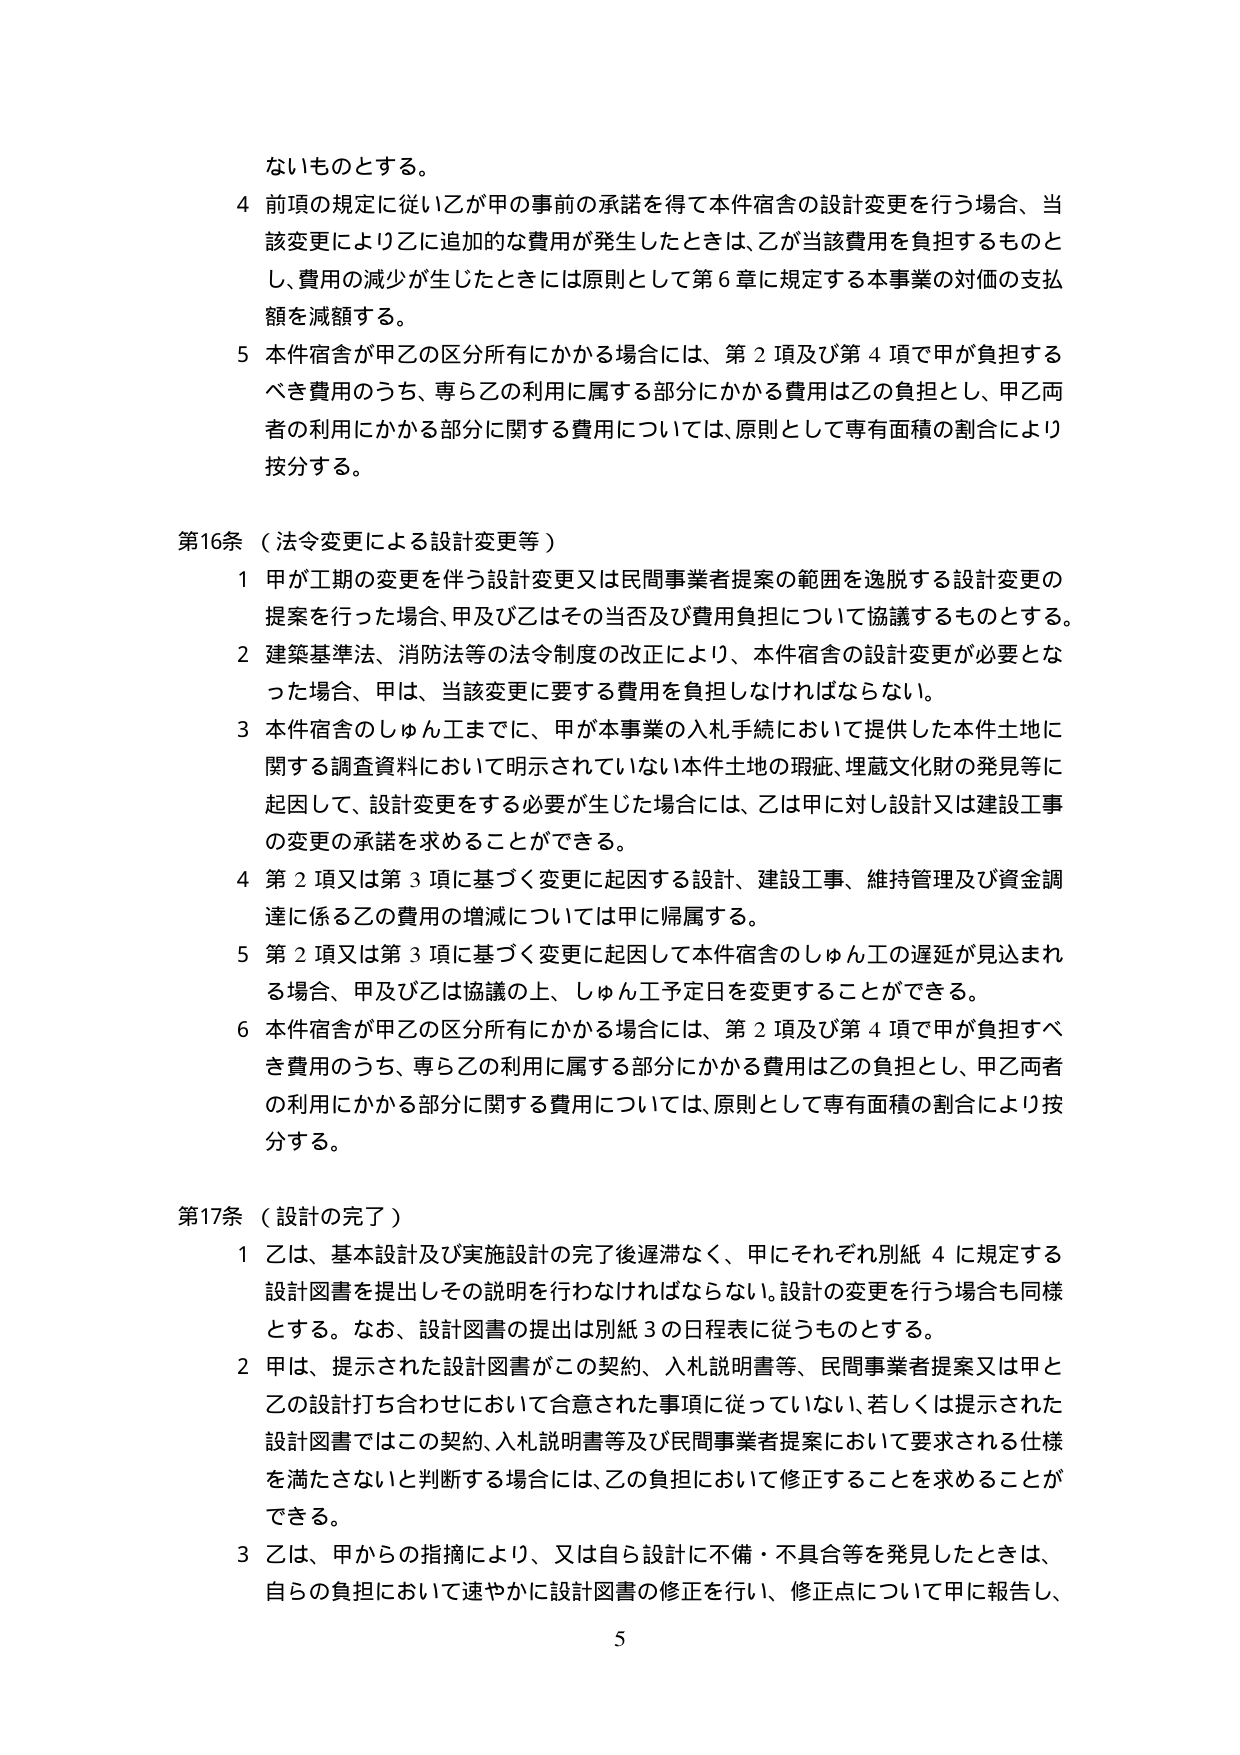
ないものとする。

4 前項の規定に従い乙が甲の事前の承諾を得て本件宿舎の設計変更を行う場合、当該変更により乙に追加的な費用が発生したときは、乙が当該費用を負担するものとし、費用の減少が生じたときには原則として第6章に規定する本事業の対価の支払額を減額する。

5 本件宿舎が甲乙の区分所有にかかる場合には、第2項及び第4項で甲が負担すべき費用のうち、専ら乙の利用に属する部分にかかる費用は乙の負担とし、甲乙両者の利用にかかる部分に関する費用については、原則として専有面積の割合により按分する。

第16条（法令変更による設計変更等）

1 甲が工期の変更を伴う設計変更又は民間事業者提案の範囲を逸脱する設計変更の提案を行った場合、甲及び乙はその当否及び費用負担について協議するものとする。

2 建築基準法、消防法等の法令制度の改正により、本件宿舎の設計変更が必要となった場合、甲は、当該変更に要する費用を負担しなければならない。

3 本件宿舎のしゅん工までに、甲が本事業の入札手続において提供した本件土地に関する調査資料において明示されていない本件土地の瑕疵、埋蔵文化財の発見等に起因して、設計変更をする必要が生じた場合には、乙は甲に対し設計又は建設工事の変更の承諾を求めることができる。

4 第2項又は第3項に基づく変更に起因する設計、建設工事、維持管理及び資金調達に係る乙の費用の増減については甲に帰属する。

5 第2項又は第3項に基づく変更に起因して本件宿舎のしゅん工の遅延が見込まれる場合、甲及び乙は協議の上、しゅん工予定日を変更することができる。

6 本件宿舎が甲乙の区分所有にかかる場合には、第2項及び第4項で甲が負担すべき費用のうち、専ら乙の利用に属する部分にかかる費用は乙の負担とし、甲乙両者の利用にかかる部分に関する費用については、原則として専有面積の割合により按分する。

第17条（設計の完了）

1 乙は、基本設計及び実施設計の完了後遅滞なく、甲にそれぞれ別紙4に規定する設計図書を提出しその説明を行わなければならない。設計の変更を行う場合も同様とする。なお、設計図書の提出は別紙3の日程表に従うものとする。

2 甲は、提示された設計図書がこの契約、入札説明書等、民間事業者提案又は甲と乙の設計打ち合わせにおいて合意された事項に従っていない、若しくは提示された設計図書ではこの契約、入札説明書等及び民間事業者提案において要求される仕様を満たさないと判断する場合には、乙の負担において修正することを求めることが できる。

3 乙は、甲からの指摘により、又は自ら設計に不備・不具合等を発見したときは、自らの負担において速やかに設計図書の修正を行い、修正点について甲に報告し、

5